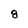
Character: 8